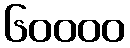
၆၀၀၀၀